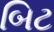
બિટ